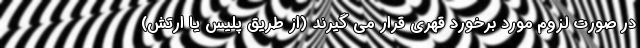
در صورت لزوم مورد برخورد قهری قرار می گیرند (از طریق پلیس یا ارتش)